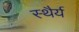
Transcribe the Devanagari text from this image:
स्‍थैर्य